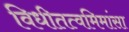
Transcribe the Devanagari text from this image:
विधीतत्वमिमांसा